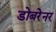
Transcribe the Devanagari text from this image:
डोबरेनर